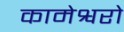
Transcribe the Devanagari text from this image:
कामेश्वरो